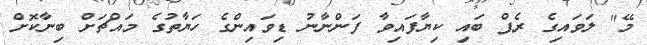
މޭ" ލަވައިގެ ރެޕް ބައި ކިޔާފައިވާ ފަންނާނު ޑިވައިންގެ ހަޔާތުގެ މައްޗަށް ބިނާކޮށް